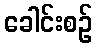
ခေါင်းစဉ်